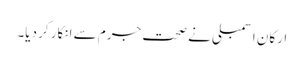
ارکان اسمبلی نے صحت جرم سے انکار کر دیا۔